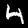
Digit: 4